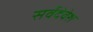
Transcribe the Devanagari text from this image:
सर्वदेवेश